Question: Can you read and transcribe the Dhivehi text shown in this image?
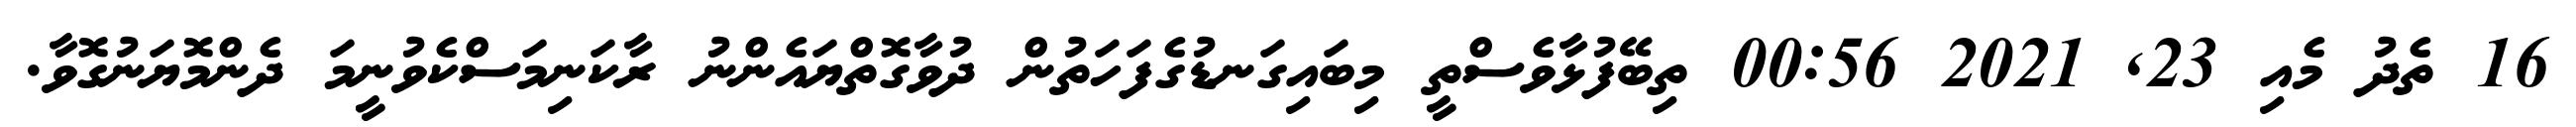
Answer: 16 ތެދު މެއި 23, 2021 00:56 ތިބޭފުޅާވެސްތީ މިބައިގަނޑުގެފަހަތުން ދުވާގޮތްޔައެންނު ރާކަނިމަސްކެވުނީމަ ދެންމޮޔަނުގޮވާ.